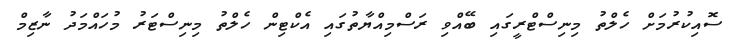
ސޮއިކުރުމަށް ހެލްތު މިނިސްޓްރީގައި ބޭއްވި ރަސްމިއްޔާތުގައި އެކްޓިން ހެލްތު މިނިސްޓަރު މުހައްމަދު ނާޒިމް